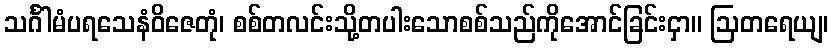
သင်္ဂါမံပရသေနံဝိဇေတုံ၊ စစ်တလင်းသို့တပါးသောစစ်သည်ကိုအောင်ခြင်းငှာ။ ဩတရေယျ၊